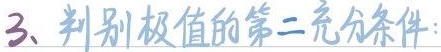
3、判别极值的第二充分条件：